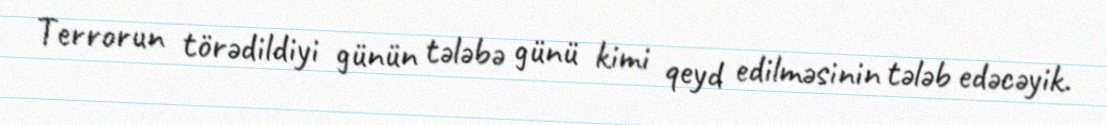
Terrorun törədildiyi günün tələbə günü kimi qeyd edilməsinin tələb edəcəyik.